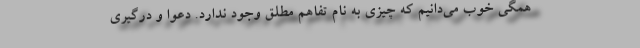
همگی خوب می‌‌دانیم که چیزی به نام تفاهم مطلق وجود ندارد. دعوا و درگیری